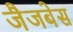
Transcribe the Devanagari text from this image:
जैजबेस